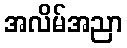
အလိမ်အညာ